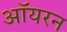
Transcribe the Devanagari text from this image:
ऑयरन